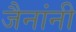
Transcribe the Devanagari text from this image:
जैनांनी